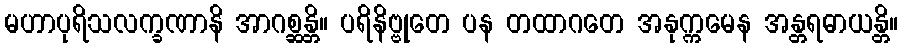
မဟာပုရိသလက္ခဏာနိ အာဂစ္ဆန္တိ။ ပရိနိဗ္ဗုတေ ပန တထာဂတေ အနုက္ကမေန အန္တရဓာယန္တိ။